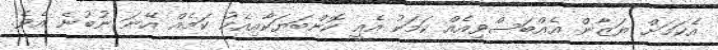
އެކަމަށް ޔަޒާން އެއްބަސްވިއެއް ކަމަކު އެއީ ކޮންބަޔަކާއިއެކު ކަމެއް އޭނަ ނުބުނެ އެވެ.